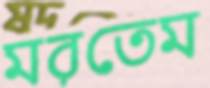
মরতেম